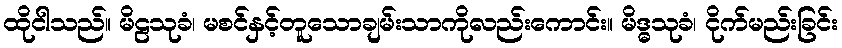
ထိုငါသည်။ မိဠသုခံ၊ မစင်နှင့်တူသောချမ်းသာကိုလည်းကောင်း။ မိဒ္ဓသုခံ၊ ငိုက်မည်းခြင်း